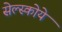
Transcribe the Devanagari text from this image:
सेल्स्कोये